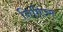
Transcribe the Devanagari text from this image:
निमिज्म